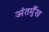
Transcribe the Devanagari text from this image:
अंतमुँख